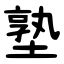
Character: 塾